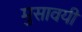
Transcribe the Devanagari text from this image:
मुसावयी